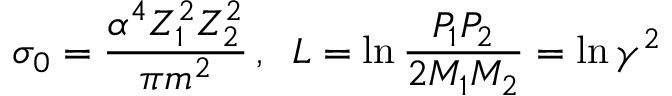
\sigma _ { 0 } = \frac { \alpha ^ { 4 } Z _ { 1 } ^ { 2 } Z _ { 2 } ^ { 2 } } { \pi m ^ { 2 } } \, , \; \; L = \ln { \frac { P _ { 1 } P _ { 2 } } { 2 M _ { 1 } M _ { 2 } } } = \ln { \gamma ^ { 2 } }